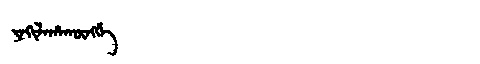
Manchu: ᠶᠠᡴᡳᠯᠠᡥᠠᡴᡡᠩᡤᡝ
Romanization: YAKILAHAKŪNGGE